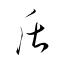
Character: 盾